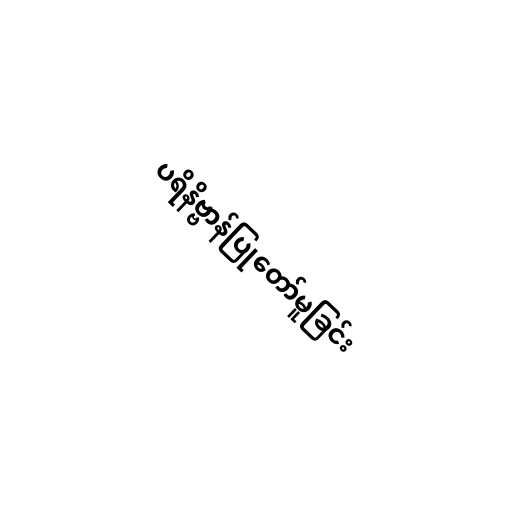
ပရိနိဗ္ဗာန်ပြုတော်မူခြင်း